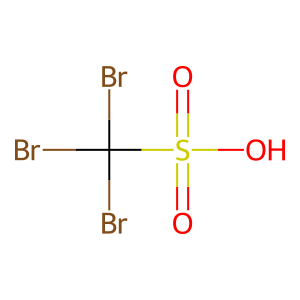
SMILES: O=S(=O)(O)C(Br)(Br)Br
Inhibits HIV replication: No